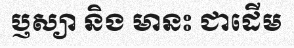
ប្ញស្យា និង មានះ ជាដើម